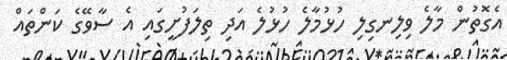
އެގޮތުން މާލެ ވިލިނގިލި ހުޅުމާލެ ހުޅުލެ އަދި ތިލަފުށީގައި އެ ސާވޭގެ ކަންތައް